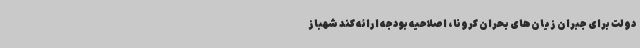
دولت برای جبران زیان‌های بحران کرونا، اصلاحیه بودجه ارائه کند شهباز